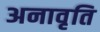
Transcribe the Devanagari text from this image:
अनावृति